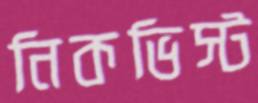
নিকভিস্ট